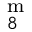
^ \mathrm { { m } } _ { 8 }